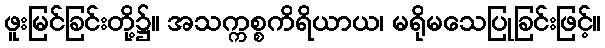
ဖူးမြင်ခြင်းတို့၌။ အသက္ကစ္စကိရိယာယ၊ မရိုမသေပြုခြင်းဖြင့်။